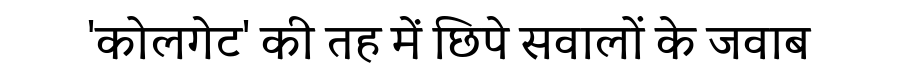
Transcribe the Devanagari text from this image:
'कोलगेट' की तह में छिपे सवालों के जवाब